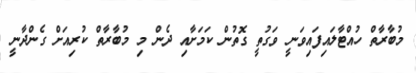
މުބާރާތް ހުއްޓާލައިފައިވަނީ ވަގުތީ ގޮތުން ކަމަށާއި ދެން މި މުބާރާތް ކުރިއަށް ގެންދާނީ